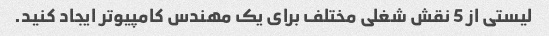
لیستی از 5 نقش شغلی مختلف برای یک مهندس کامپیوتر ایجاد کنید.